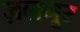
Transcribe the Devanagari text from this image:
ज़लनूर